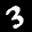
Label: 3